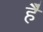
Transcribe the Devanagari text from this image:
है॓